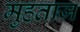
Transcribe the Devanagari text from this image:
मुहताज